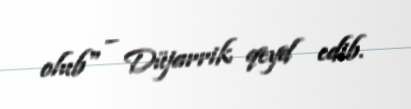
olub" – Düjarrik qeyd edib.